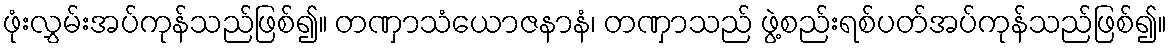
ဖုံးလွှမ်းအပ်ကုန်သည်ဖြစ်၍။ တဏှာသံယောဇနာနံ၊ တဏှာသည် ဖွဲ့စည်းရစ်ပတ်အပ်ကုန်သည်ဖြစ်၍။